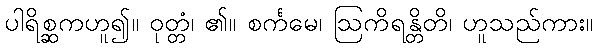
ပါရိစ္ဆကဟူ၍။ ဝုတ္တံ၊ ၏။ စင်္ကမေ၊ ဩကိရန္တိတိ၊ ဟူသည်ကား။